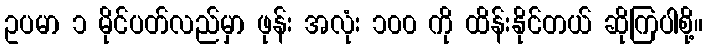
ဥပမာ ၁ မိုင်ပတ်လည်မှာ ဖုန်း အလုံး ၁၀၀ ကို ထိန်းနိုင်တယ် ဆိုကြပါစို့။